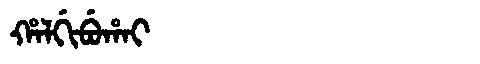
Manchu: ᡥᠠᠯᡤᡳᠪᡠᡥᠠᡳ
Romanization: HALGIBUHAI